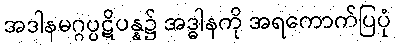
အဒါနမဂ္ဂပ္ပဋိပန္န၌ အဒ္ဓါနကို အရကောက်ပြပုံ